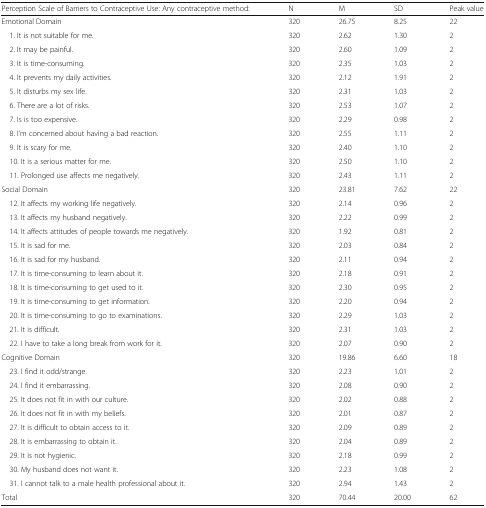
<table><thead><tr><td><b>Perception Scale of Barriers to Contraceptive Use: Any contraceptive method:</b></td><td><b>N</b></td><td><b>M</b></td><td><b>SD</b></td><td><b>Peak value</b></td></tr></thead><tbody><tr><td>Emotional Domain</td><td>320</td><td>26.75</td><td>8.25</td><td>22</td></tr><tr><td> 1. It is not suitable for me.</td><td>320</td><td>2.62</td><td>1.30</td><td>2</td></tr><tr><td> 2. It may be painful.</td><td>320</td><td>2.60</td><td>1.09</td><td>2</td></tr><tr><td> 3. It is time-consuming.</td><td>320</td><td>2.35</td><td>1.03</td><td>2</td></tr><tr><td> 4. It prevents my daily activities.</td><td>320</td><td>2.12</td><td>1.91</td><td>2</td></tr><tr><td> 5. It disturbs my sex life.</td><td>320</td><td>2.31</td><td>1.03</td><td>2</td></tr><tr><td> 6. There are a lot of risks.</td><td>320</td><td>2.53</td><td>1.07</td><td>2</td></tr><tr><td> 7. Is is too expensive.</td><td>320</td><td>2.29</td><td>0.98</td><td>2</td></tr><tr><td> 8. I’m concerned about having a bad reaction.</td><td>320</td><td>2.55</td><td>1.11</td><td>2</td></tr><tr><td> 9. It is scary for me.</td><td>320</td><td>2.40</td><td>1.10</td><td>2</td></tr><tr><td> 10. It is a serious matter for me.</td><td>320</td><td>2.50</td><td>1.10</td><td>2</td></tr><tr><td> 11. Prolonged use affects me negatively.</td><td>320</td><td>2.43</td><td>1.11</td><td>2</td></tr><tr><td>Social Domain</td><td>320</td><td>23.81</td><td>7.62</td><td>22</td></tr><tr><td> 12. It affects my working life negatively.</td><td>320</td><td>2.14</td><td>0.96</td><td>2</td></tr><tr><td> 13. It affects my husband negatively.</td><td>320</td><td>2.22</td><td>0.99</td><td>2</td></tr><tr><td> 14. It affects attitudes of people towards me negatively.</td><td>320</td><td>1.92</td><td>0.81</td><td>2</td></tr><tr><td> 15. It is sad for me.</td><td>320</td><td>2.03</td><td>0.84</td><td>2</td></tr><tr><td> 16. It is sad for my husband.</td><td>320</td><td>2.11</td><td>0.94</td><td>2</td></tr><tr><td> 17. It is time-consuming to learn about it.</td><td>320</td><td>2.18</td><td>0.91</td><td>2</td></tr><tr><td> 18. It is time-consuming to get used to it.</td><td>320</td><td>2.30</td><td>0.95</td><td>2</td></tr><tr><td> 19. It is time-consuming to get information.</td><td>320</td><td>2.20</td><td>0.94</td><td>2</td></tr><tr><td> 20. It is time-consuming to go to examinations.</td><td>320</td><td>2.29</td><td>1.03</td><td>2</td></tr><tr><td> 21. It is difficult.</td><td>320</td><td>2.31</td><td>1.03</td><td>2</td></tr><tr><td> 22. I have to take a long break from work for it.</td><td>320</td><td>2.07</td><td>0.90</td><td>2</td></tr><tr><td>Cognitive Domain</td><td>320</td><td>19.86</td><td>6.60</td><td>18</td></tr><tr><td> 23. I find it odd/strange.</td><td>320</td><td>2.23</td><td>1.01</td><td>2</td></tr><tr><td> 24. I find it embarrassing.</td><td>320</td><td>2.08</td><td>0.90</td><td>2</td></tr><tr><td> 25. It does not fit in with our culture.</td><td>320</td><td>2.02</td><td>0.88</td><td>2</td></tr><tr><td> 26. It does not fit in with my beliefs.</td><td>320</td><td>2.01</td><td>0.87</td><td>2</td></tr><tr><td> 27. It is difficult to obtain access to it.</td><td>320</td><td>2.09</td><td>0.89</td><td>2</td></tr><tr><td> 28. It is embarrassing to obtain it.</td><td>320</td><td>2.04</td><td>0.89</td><td>2</td></tr><tr><td> 29. It is not hygienic.</td><td>320</td><td>2.18</td><td>0.99</td><td>2</td></tr><tr><td> 30. My husband does not want it.</td><td>320</td><td>2.23</td><td>1.08</td><td>2</td></tr><tr><td> 31. I cannot talk to a male health professional about it.</td><td>320</td><td>2.94</td><td>1.43</td><td>2</td></tr><tr><td>Total</td><td>320</td><td>70.44</td><td>20.00</td><td>62</td></tr></tbody></table>